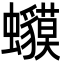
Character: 𧕥